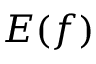
E ( f )